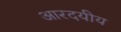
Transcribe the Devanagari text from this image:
आरदयीय